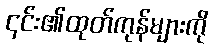
၎င်း၏ထုတ်ကုန်များကို